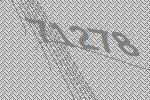
71278